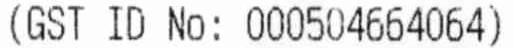
(GST ID NO: 000504664064)